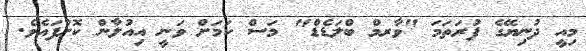
މިއީ ދުނިޔޭގެ ފުރަތަމަ "ވާރމް ބްލަޑެޑް" މަސް ކަމަށް ވަނީ އިއުލާން ކޮށްފައެވެ.